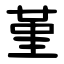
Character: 堇